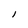
Character: l